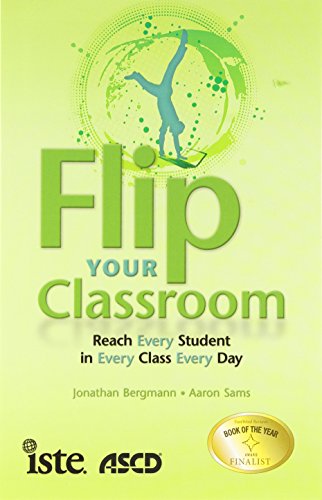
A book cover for Flip Your Classroom: Reach Every Student in Every Class Every Day; Jonathan Bergmann; Education & Teaching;